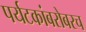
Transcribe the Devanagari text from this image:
पर्यटकांबरोबरच